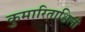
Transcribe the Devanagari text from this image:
कुमारिताश्विली